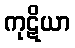
ကုဋိယာ